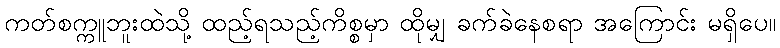
ကတ်စက္ကူဘူးထဲသို့ ထည့်ရသည့်ကိစ္စမှာ ထိုမျှ ခက်ခဲနေစရာ အကြောင်း မရှိပေ။